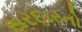
સરદારતો